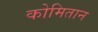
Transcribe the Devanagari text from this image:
कोमितान